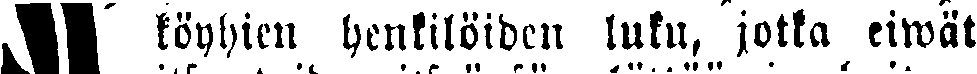
# köyhien henkilöiden luku, jotka eiwät